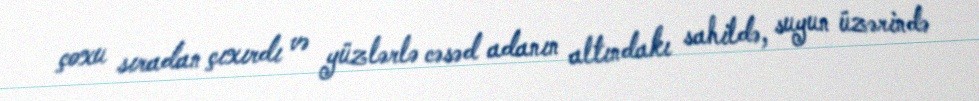
çoxu sıradan çıxırdı və yüzlərlə cəsəd adanın altındakı sahildə, suyun üzərində